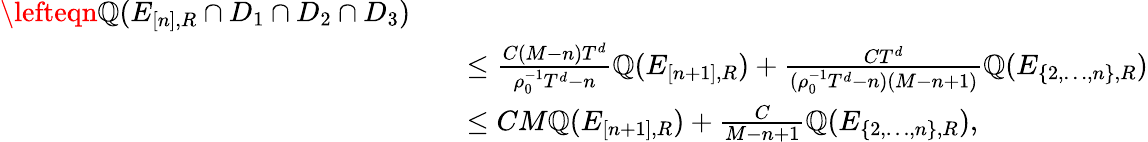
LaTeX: \begin{array}{rl}{\lefteqn{\mathbb Q(E_{[n],R}\cap D_{1}\cap D_{2}\cap D_{3})}\quad}&{}\\ &{\leq\frac{C(M-n)T^{d}}{\rho_{0}^{-1}T^{d}-n}\mathbb Q(E_{[n+1],R})+\frac{CT^{d}}{(\rho_{0}^{-1}T^{d}-n)(M-n+1)}\mathbb Q(E_{\{ 2,\ldots,n\} ,R})}\\ &{\leq CM\mathbb Q(E_{[n+1],R})+\frac{C}{M-n+1}\mathbb Q(E_{\{ 2,\ldots,n\} ,R}),}\end{array}